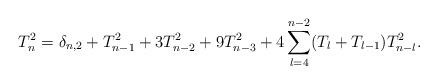
LaTeX: \begin{align*}T_{n}^2=\delta_{n,2}+T_{n-1}^2+3T_{n-2}^2+9T_{n-3}^2+4\sum_{l=4}^{n-2}(T_l+T_{l-1})T_{n-l}^2.\end{align*}